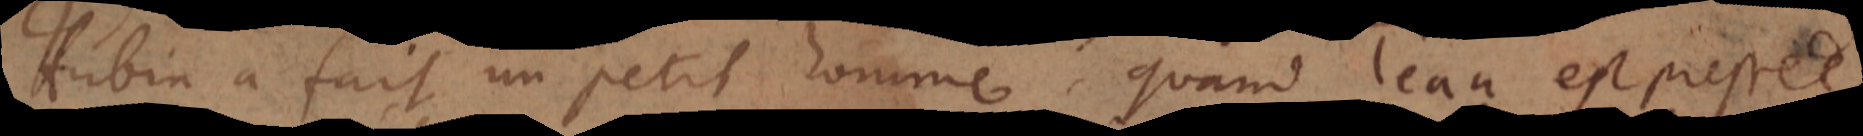
Hubin a fait un petit homme, quand l’eau est pressée